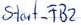
Text: Start_FB2